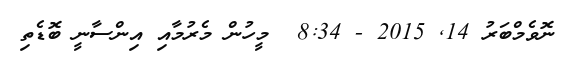
ނޮވެމްބަރު 14